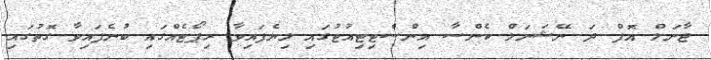
ޖާނަލް އޮފް ދަ ނޭޝަނަލް ކެންސާ އިންސްޓިޓިއުޓުގައި ލިޔެފައިވާ ރިޕޯޓެއްގައި ބުނެފައިވާ ގޮތުގައި